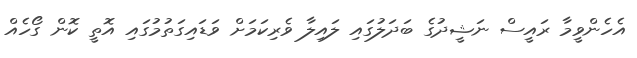
އެހެންވީމާ ރައީސް ނަޝީދުގެ ބަދަލުގައި ލައިލާ ވެރިކަމަށް ވަޑައިގަތުމުގައި އޮތީ ކޮން ގޯހެއް